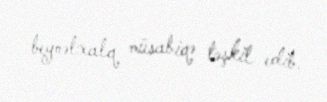
beynəlxalq müsabiqə təşkil edib.